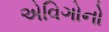
એવિગોનો